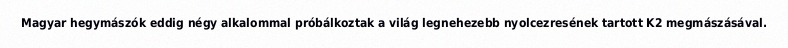
Magyar hegymászók eddig négy alkalommal próbálkoztak a világ legnehezebb nyolcezresének tartott K2 megmászásával.